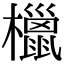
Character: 㯿